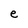
Character: e